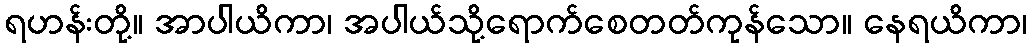
ရဟန်းတို့။ အာပါယိကာ၊ အပါယ်သို့ရောက်စေတတ်ကုန်သော။ နေရယိကာ၊